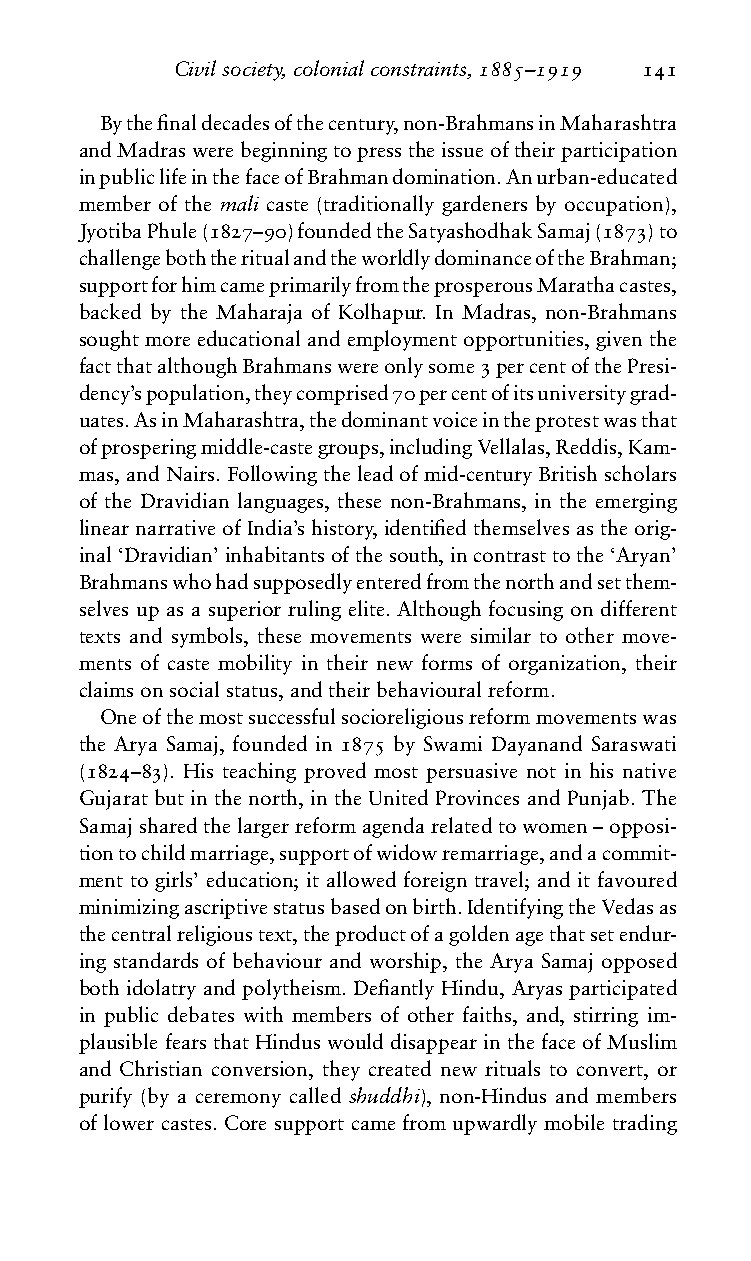
Civilsociety,colonialconstraints,1885–1919 141
 Bythefinaldecadesofthecentury,non-BrahmansinMaharashtra
 andMadraswerebeginningtopresstheissueoftheirparticipation
 inpubliclifeinthefaceofBrahmandomination.Anurban-educated
 member of the mali caste (traditionally gardeners by occupation),
 JyotibaPhule(1827–90)foundedtheSatyashodhakSamaj(1873)to
 challengeboththeritualandtheworldlydominanceoftheBrahman;
 supportforhimcameprimarilyfromtheprosperousMarathacastes,
 backed by the Maharaja of Kolhapur. In Madras, non-Brahmans
 soughtmoreeducationalandemploymentopportunities,giventhe
 factthatalthoughBrahmanswereonlysome3percentofthePresi-
 dency’spopulation,theycomprised70percentofitsuniversitygrad-
 uates.AsinMaharashtra,thedominantvoiceintheprotestwasthat
 ofprosperingmiddle-castegroups,includingVellalas,Reddis,Kam-
 mas,andNairs.Followingtheleadofmid-centuryBritishscholars
 of the Dravidian languages, these non-Brahmans, in the emerging
 linearnarrativeofIndia’shistory,identifiedthemselvesastheorig-
 inal‘Dravidian’inhabitantsofthesouth,incontrasttothe‘Aryan’
 Brahmanswhohadsupposedlyenteredfromthenorthandsetthem-
 selves up as a superior ruling elite. Although focusing on different
 texts and symbols, these movements were similar to other move-
 ments of caste mobility in their new forms of organization, their
 claimsonsocialstatus,andtheirbehaviouralreform.
 Oneofthemostsuccessfulsocioreligiousreformmovementswas
 the Arya Samaj, founded in 1875 by Swami Dayanand Saraswati
 (1824–83). His teaching proved most persuasive not in his native
 Gujarat but in the north, in the United Provinces and Punjab. The
 Samajsharedthelargerreformagendarelatedtowomen–opposi-
 tiontochildmarriage,supportofwidowremarriage,andacommit-
 ment to girls’ education; it allowed foreign travel; and it favoured
 minimizingascriptivestatusbasedonbirth.IdentifyingtheVedasas
 thecentralreligioustext,theproductofagoldenagethatsetendur-
 ing standards of behaviour and worship, the Arya Samaj opposed
 both idolatry and polytheism. Defiantly Hindu, Aryas participated
 in public debates with members of other faiths, and, stirring im-
 plausible fears that Hindus would disappear in the face of Muslim
 and Christian conversion, they created new rituals to convert, or
 purify (by a ceremony called shuddhi), non-Hindus and members
 of lower castes. Core support came from upwardly mobile trading